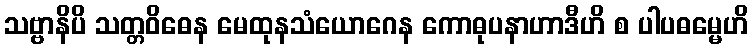
သဗ္ဗာနိပိ သတ္တဝိဓေန မေထုနသံယောဂေန ကောဓုပနာဟာဒီဟိ စ ပါပဓမ္မေဟိ